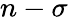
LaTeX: n-\sigma